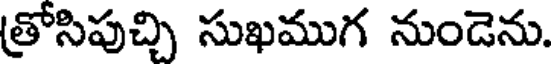
త్రోసిపుచ్చి సుఖముగ నుండెను.